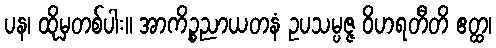
ပန၊ ထိုမှတစ်ပါး။ အာကိဉ္စညာယတနံ ဥပသမ္ပဇ္ဇ ဝိဟရတီတိ ဧတ္ထ၊